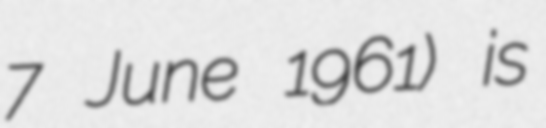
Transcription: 7 June 1961) is